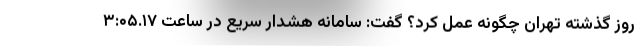
روز گذشته تهران چگونه عمل کرد؟ گفت: سامانه هشدار سریع در ساعت ۳:۰۵.۱۷